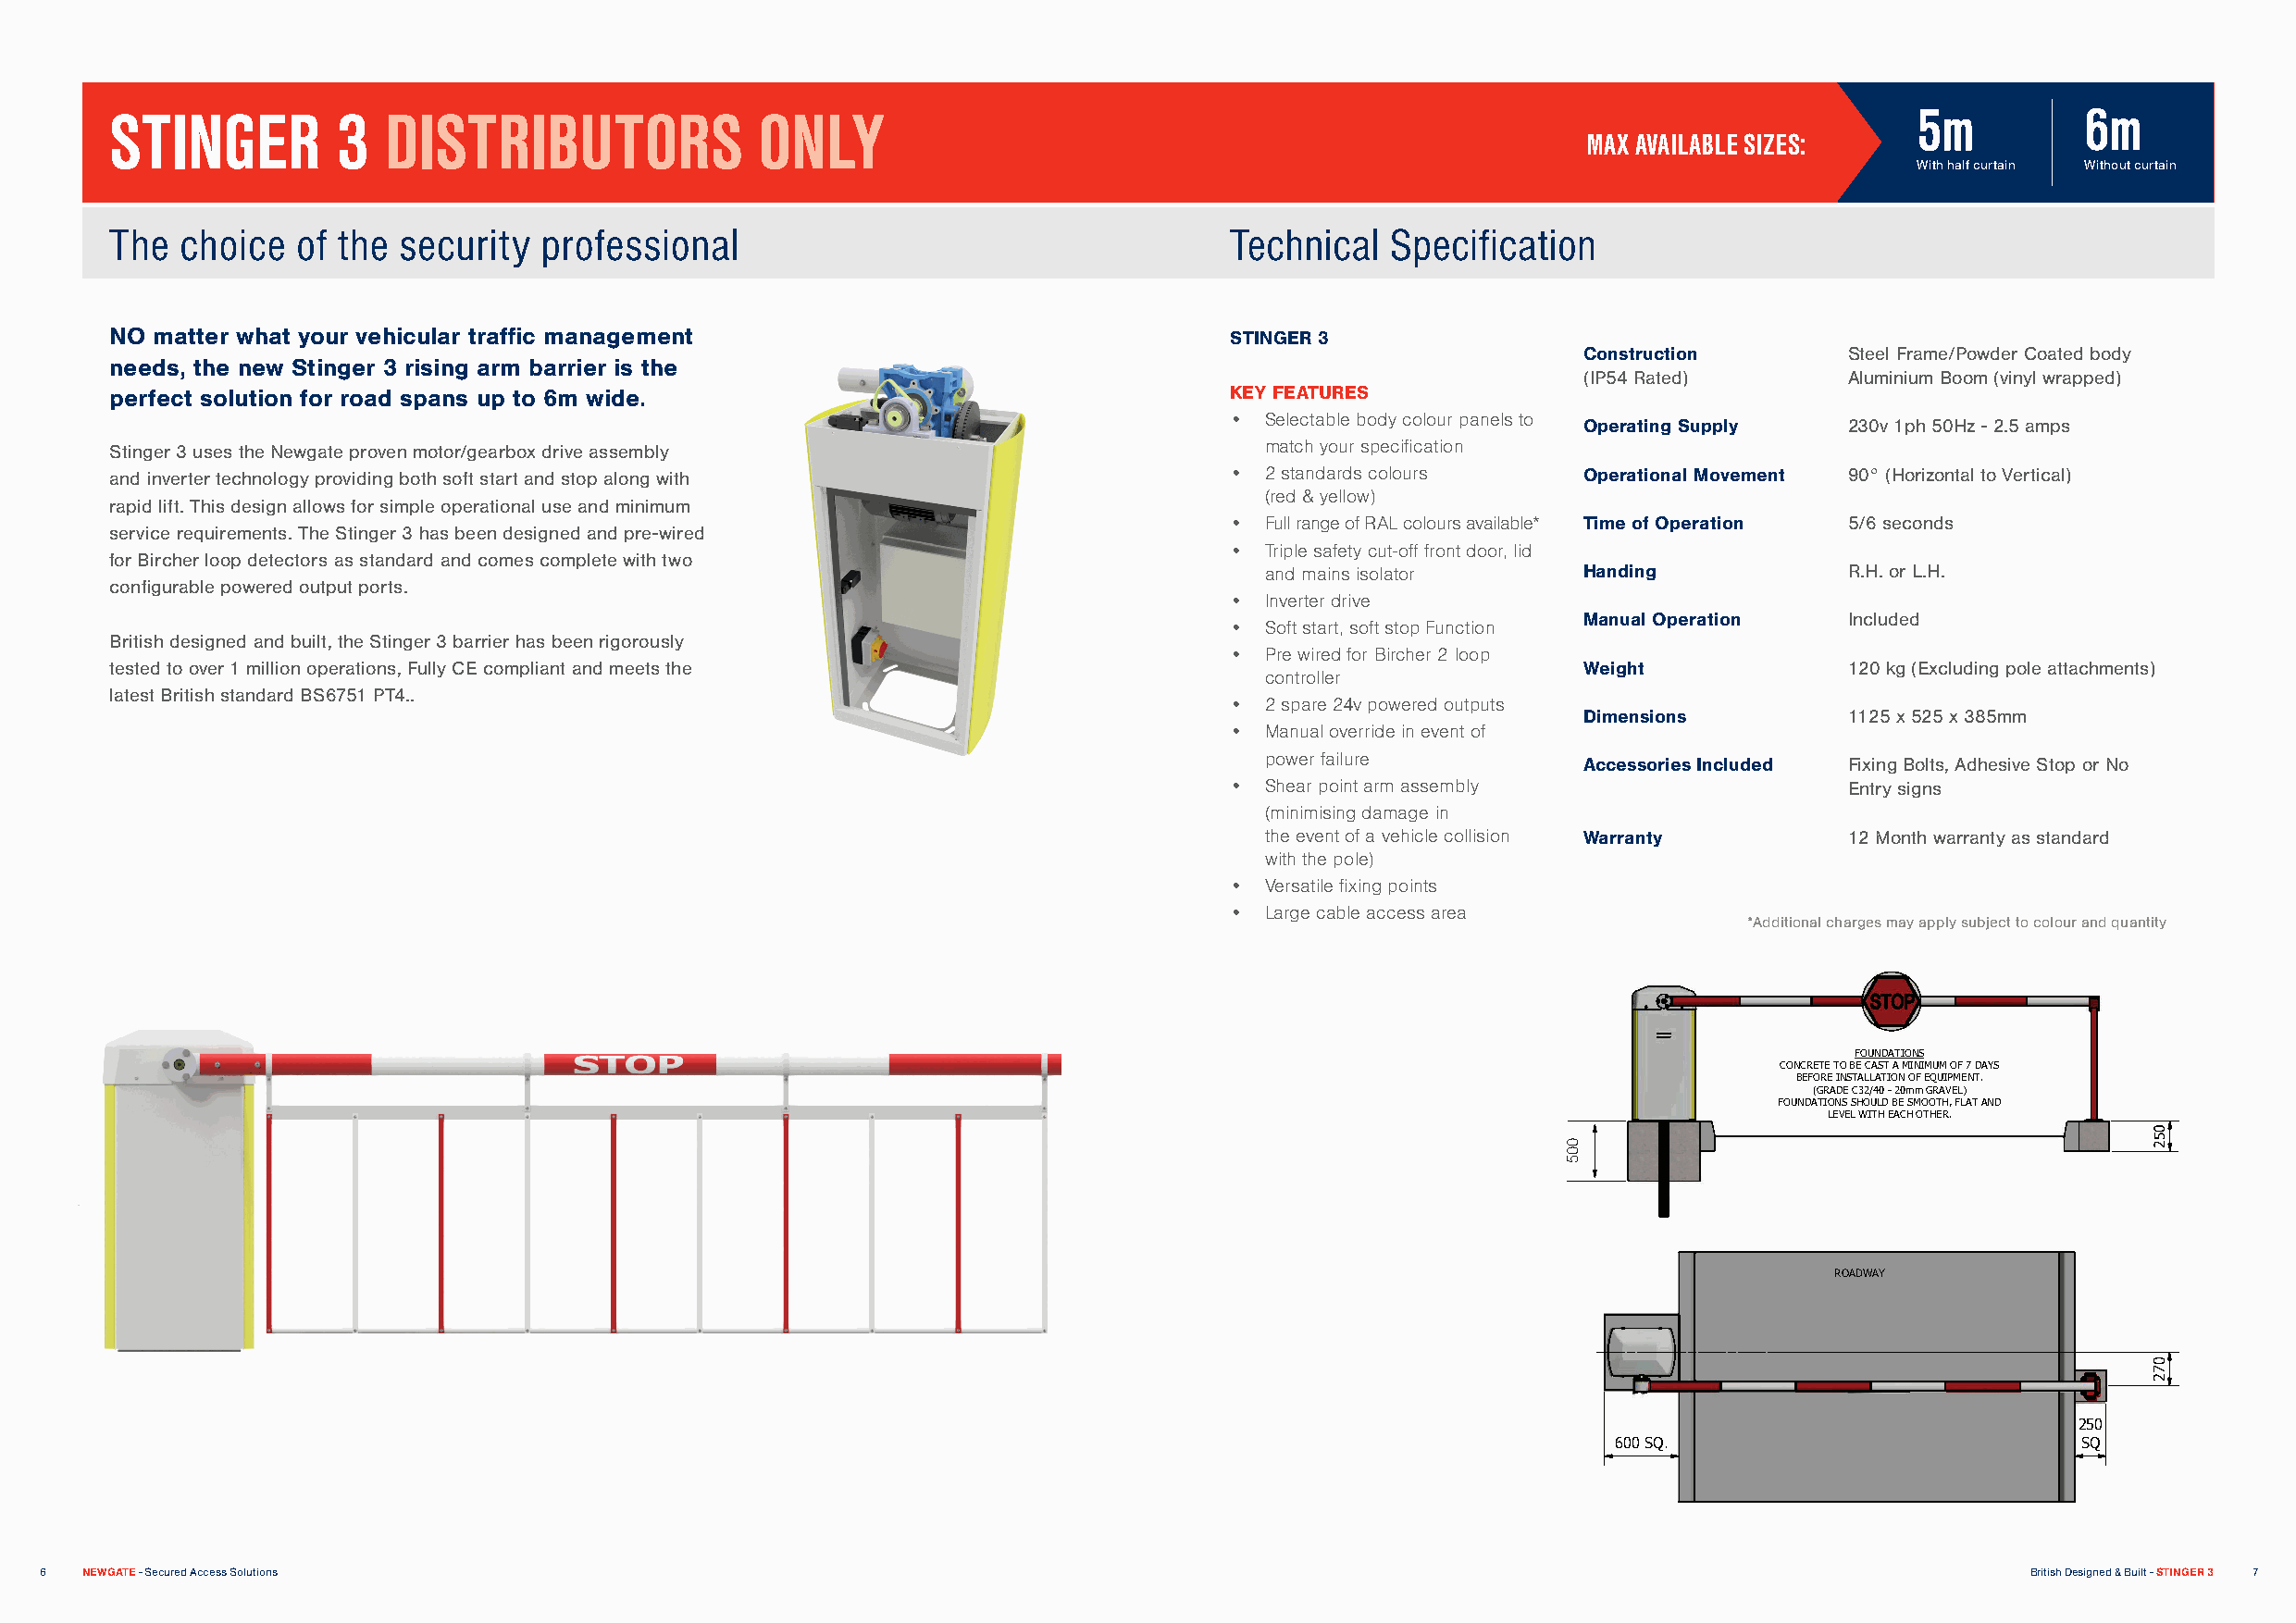
STINGER         3   DISTRIBUTORS              ONLY                                                                               5m          6m
 MAX AVAILABLE SIZES:
 With half curtain Without curtain
 The  choice  of the  security  professional                                     Technical  Specification
 NO matter what your vehicular traffic management                                STINGER 3
 Construction       Steel Frame/Powder Coated body
 needs, the new Stinger 3 rising arm barrier is the
 (IP54 Rated)       Aluminium Boom (vinyl wrapped)
 perfect solution for road spans up to 6m wide.                                  KEY FEATURES
 • Selectable body colour panels to
 Operating Supply   230v 1ph 50Hz - 2.5 amps
 Stinger 3 uses the Newgate proven motor/gearbox drive assembly                    match your specification
 and inverter technology providing both soft start and stop along with           • 2 standards colours    Operational Movement 90° (Horizontal to Vertical)
 (red & yellow)
 rapid lift. This design allows for simple operational use and minimum
 • Full range of RAL colours available* Time of Operation 5/6 seconds
 service requirements. The Stinger 3 has been designed and pre-wired
 • Triple safety cut-off front door, lid
 for Bircher loop detectors as standard and comes complete with two
 and mains isolator     Handing            R.H. or L.H.
 configurable powered output ports.
 • Inverter drive
 Manual Operation   Included
 • Soft start, soft stop Function
 British designed and built, the Stinger 3 barrier has been rigorously
 • Pre wired for Bircher 2 loop
 tested to over 1 million operations, Fully CE compliant and meets the                                    Weight             120 kg (Excluding pole attachments)
 controller
 latest British standard BS6751 PT4..
 • 2 spare 24v powered outputs
 Dimensions         1125 x 525 x 385mm
 • Manual override in event of
 power failure
 Accessories Included Fixing Bolts, Adhesive Stop or No
 • Shear point arm assembly                  Entry signs
 (minimising damage in
 the event of a vehicle collision Warranty 12 Month warranty as standard
 with the pole)
 • Versatile fixing points
 • Large cable access area
 *Additional charges may apply subject to colour and quantity
 FOUNDATIONS
 CONCRETE TO BE CAST A MINIMUM OF 7 DAYS
 BEFORE INSTALLATION OF EQUIPMENT.
 (GRADE C32/40 - 20mm GRAVEL)
 FOUNDATIONS SHOULD BE SMOOTH, FLAT AND
 LEVEL WITH EACH OTHER.
 0
 5 2
 ROADWAY
 0
 7
 2
 250
 600 SQ.                          SQ
 6  NEWGATE - Secured Access Solutions                                                                                                         British Designed & Built - STINGER 3 7
 005